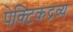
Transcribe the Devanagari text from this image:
पेक्टिकद्रव्य